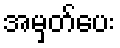
အမှတ်ပေး